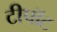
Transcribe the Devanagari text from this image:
टीपॉट